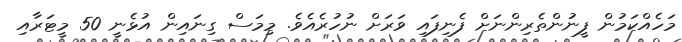
މަހެއްކަމުން ފީނުންތެރިންނަށް ފެނިފައި ވަރަށް ނުހުރެއެވެ. މިމަސް ގިނައިން އުޅެނީ 50 މީޓަރާއި